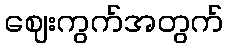
ဈေးကွက်အတွက်